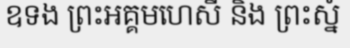
ឧទង ព្រះអគ្គមហេសី និង ព្រះស្នំ